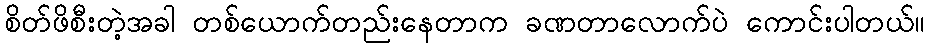
စိတ်ဖိစီးတဲ့အခါ တစ်ယောက်တည်းနေတာက ခဏတာလောက်ပဲ ကောင်းပါတယ်။